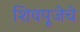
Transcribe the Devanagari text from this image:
शिवपूजेचे